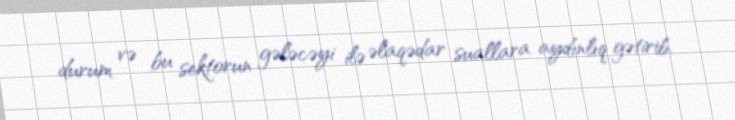
durum və bu sektorun gələcəyi ilə əlaqədar suallara aydınlıq gətirib.